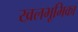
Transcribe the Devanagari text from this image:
खलभूमिका